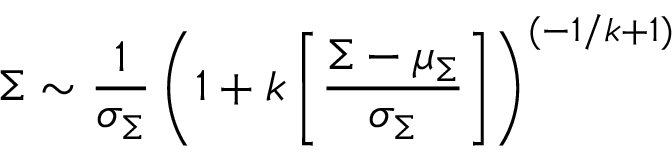
\Sigma \sim \frac { 1 } { \sigma _ { \Sigma } } \left( 1 + k \left[ \frac { \Sigma - \mu _ { \Sigma } } { \sigma _ { \Sigma } } \right] \right) ^ { ( - 1 / k + 1 ) }